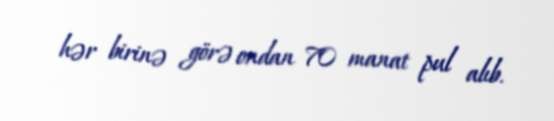
hər birinə görə ondan 70 manat pul alıb.